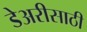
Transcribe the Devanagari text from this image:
डेअरीसाठी